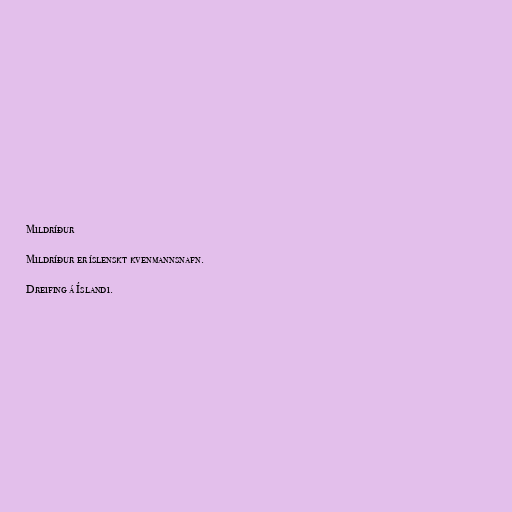
Mildríður

Mildríður er íslenskt kvenmannsnafn.

Dreifing á Íslandi.